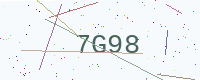
Text: 7G98